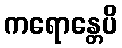
ကရောန္တေပိ